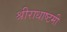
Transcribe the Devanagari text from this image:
श्रीराधाष्टमी